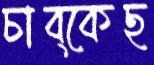
চাব্‌কেছ